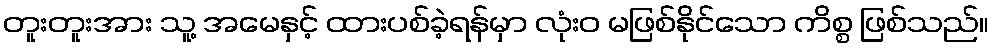
တူးတူးအား သူ့ အမေနှင့် ထားပစ်ခဲ့ရန်မှာ လုံးဝ မဖြစ်နိုင်သော ကိစ္စ ဖြစ်သည်။